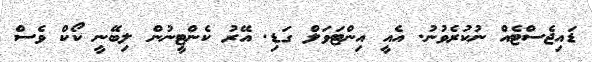
ޑައިޖެސްޓެއް ނުކުރެވުނު. އެއީ އިންޓަވަލް ގަޑި. އޭރު ކެންޓީނުން ލިބޭނީ ކޯކް ވެސް